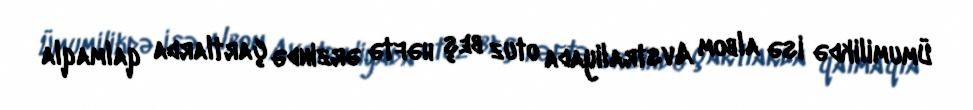
Ümumilikdə isə albom Avstraliyada otuz beş həftə ərzində çartlarda qalmaqla